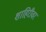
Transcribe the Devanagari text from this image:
शाहिरीवर